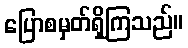
ပြောစမှတ်ရှိကြသည်။